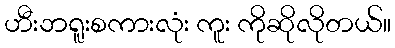
ဟီးဘရူးစကားလုံး ကူး ကိုဆိုလိုတယ်။